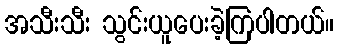
အသီးသီး သွင်းယူပေးခဲ့ကြပါတယ်။